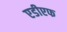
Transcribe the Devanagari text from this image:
एडीएफ